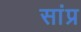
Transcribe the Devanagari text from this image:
सांप्र